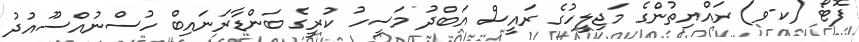
ފޮޓޯ (ކ-ވ) ރައްޔިތުންގެ މަޖިލީހުގެ ރައީސް އަބްދު މަސީހު ކުރީގެ ބަންޑާރަނައިބް ހުސްނުއްސޫއުދު